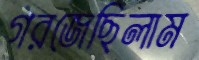
গরজেছিলাম